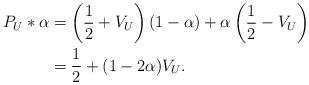
LaTeX: \begin{align*}P_U*\alpha&=\left(\frac{1}{2}+V_U\right)(1-\alpha)+\alpha\left(\frac{1}{2}-V_U\right)\\&=\frac{1}{2}+(1-2\alpha)V_U.\end{align*}